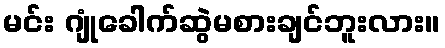
မင်း ဂျုံခေါက်ဆွဲမစားချင်ဘူးလား။